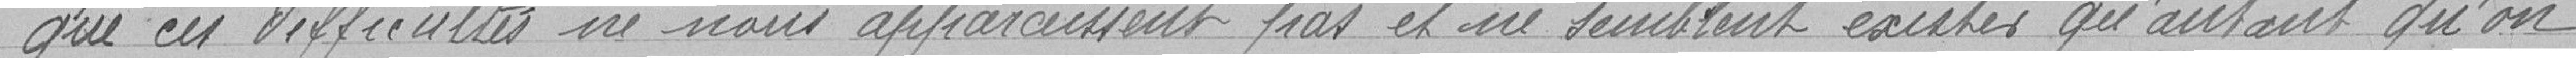
" que ces difficultés ne nous apparaissent pas et ne semblent exister qu'autant qu'on